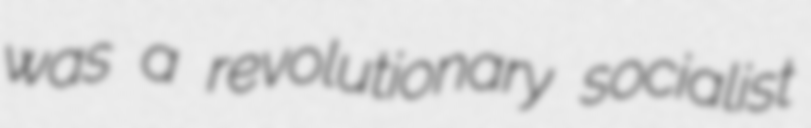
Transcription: was a revolutionary socialist